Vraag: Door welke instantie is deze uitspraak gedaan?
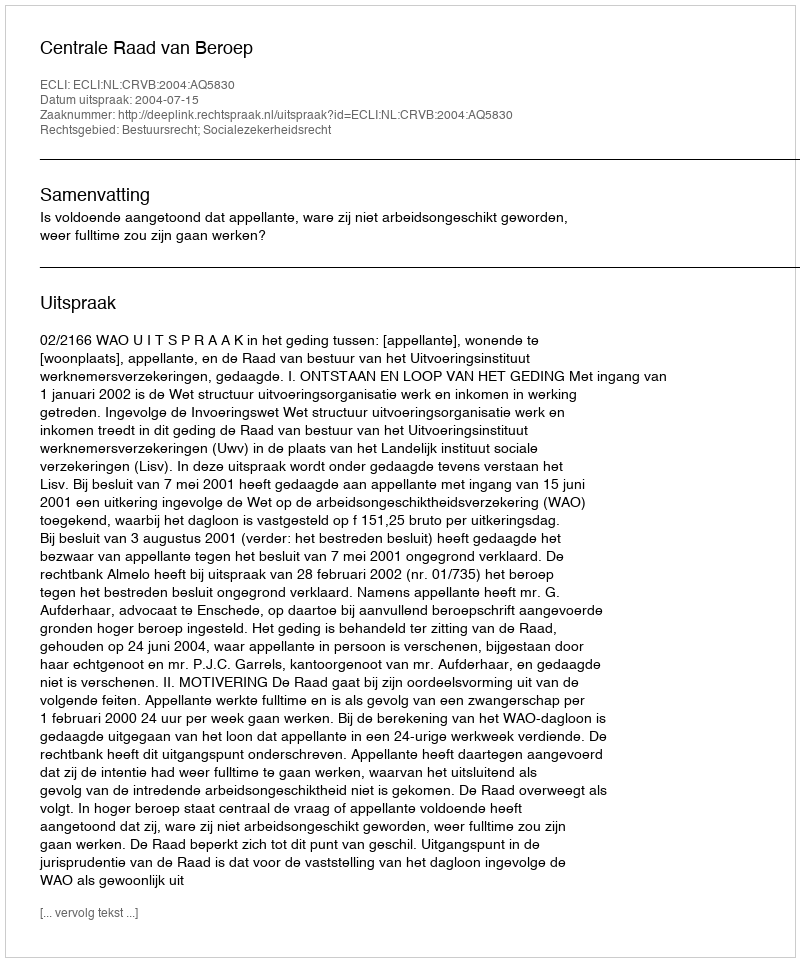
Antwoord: Centrale Raad van Beroep